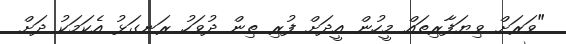
"ވަރަށް ވިޔަފާރިތައް މީހުން އީދަށް ފުރި ތިން ދުވަހު ރަނގަޅު އެކަމަކު ދަށް